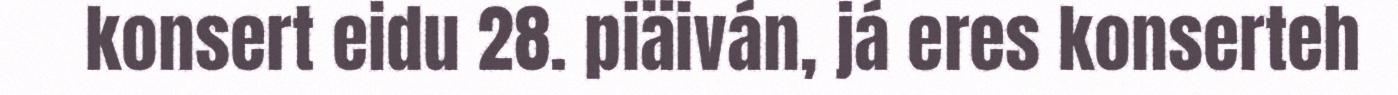
konsert eidu 28. piäiván, já eres konserteh